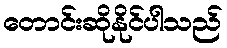
တောင်းဆိုနိုင်ပါသည်